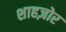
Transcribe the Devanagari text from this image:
शाहज़ोर